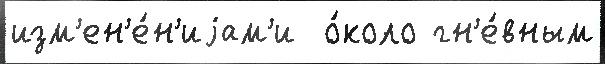
изм'ен'е́н'иjам'и  о́коло гн'е́вным